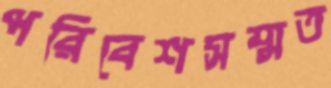
পরিবেশসম্মত